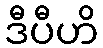
ဒီပီဟိ